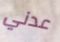
عدني